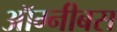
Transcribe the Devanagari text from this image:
ऑम्नीबस